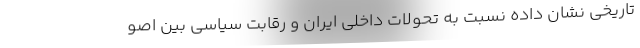
تاریخی نشان داده نسبت به تحولات داخلی ایران و رقابت سیاسی بین اصو